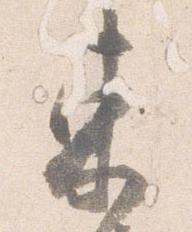
東